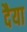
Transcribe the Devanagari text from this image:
दैया